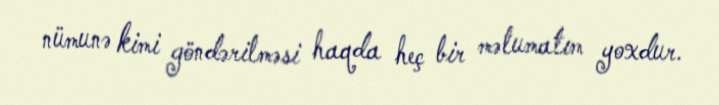
nümunə kimi göndərilməsi haqda heç bir məlumatım yoxdur.